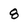
Character: 8